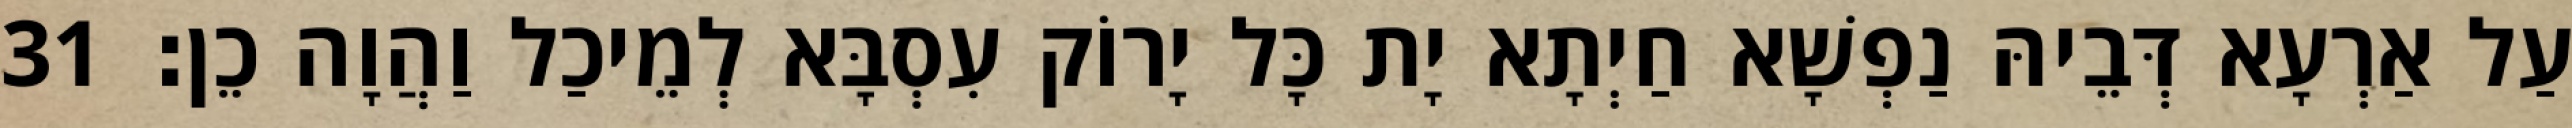
עַל אַרְעָא דְּבֵיהּ נַפְשָׁא חַיְתָא יָת כָּל יָרוֹק עִסְבָּא לְמֵיכַל וַהֲוָה כֵן׃ 31